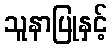
သူနာပြုနှင့်